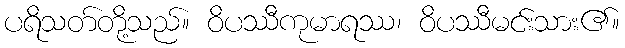
ပရိသတ်တို့သည်။ ဝိပဿီကုမာရဿ၊ ဝိပဿီမင်းသား၏။